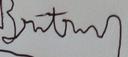
Signature authenticity: forged